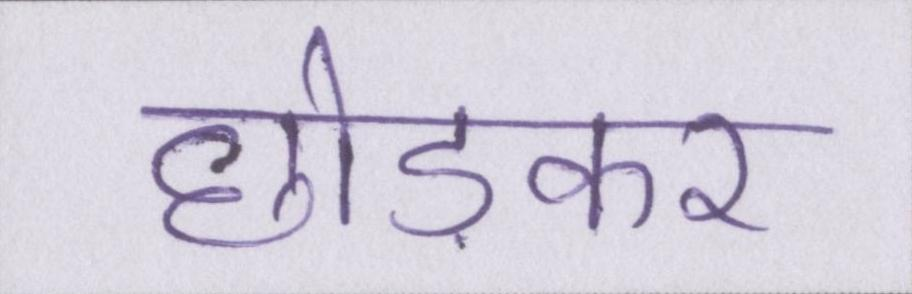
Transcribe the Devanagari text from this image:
छोङकर